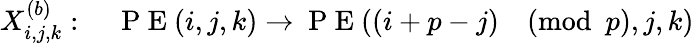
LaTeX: X_{i,j,k}^{(b)}:\quad\mathrm{~P~E~}(i,j,k)\rightarrow\mathrm{~P~E~}((i+p-j)\pmod p,j,k)